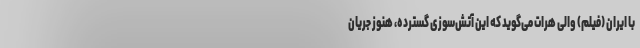
با ایران (فیلم) والی هرات می‌گوید که این آتش‌سوزی گسترده، هنوز جریان